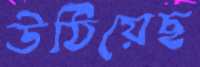
উঠিয়েছ